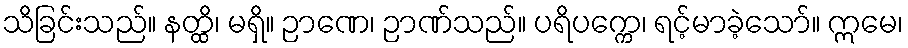
သိခြင်းသည်။ နတ္ထိ၊ မရှိ။ ဉာဏေ၊ ဉာဏ်သည်။ ပရိပက္ကေ၊ ရင့်မာခဲ့သော်။ ဣမေ၊